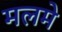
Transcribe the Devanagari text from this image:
मलमे